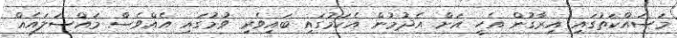
މަސައްކަތުގައި އިރާގުން އެހީ އަށް އެދުމުން އެކަމުގައި ބައިވެރި ވުމުގައި އެއްވެސް މައްސަލައެއް